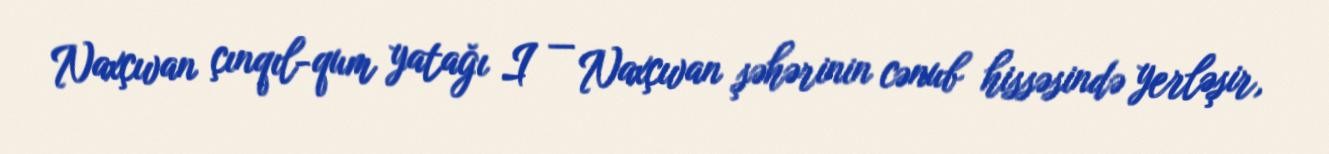
Naxçıvan çınqıl-qum yatağı I — Naxçıvan şəhərinin cənub hissəsində yerləşir,